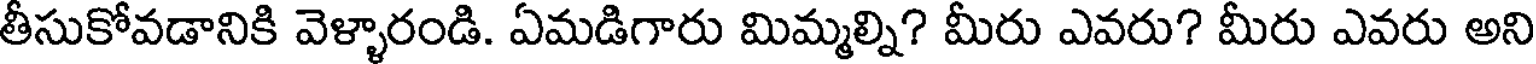
తీసుకోవడానికి వెళ్ళారండి. ఏమడిగారు మిమ్మల్ని? మీరు ఎవరు? మీరు ఎవరు అని